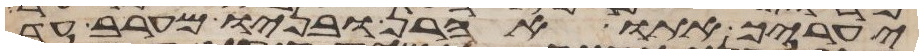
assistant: יעריך אתו אהרן ובניו מערב עד